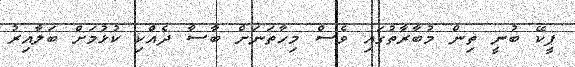
ޕީކޭ ބުނީ ތިން މުބާރާތުގައި ވެސް މިހާތަނަށް ބާސާ ދެއްކި ކުޅުމަށް ބަލާއިރު